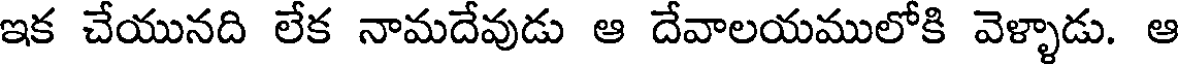
ఇక చేయునది లేక నామదేవుడు ఆ దేవాలయములోకి వెళ్ళాడు. ఆ